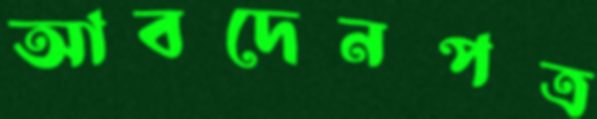
আবদেনপত্র